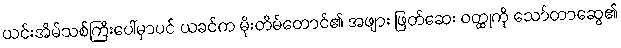
ယင်းအိမ်သစ်ကြီးပေါ်မှာပင် ယခင်က မိုးတိမ်တောင်၏ အဖျား ဖြတ်ဆေး ဝတ္ထုကို သော်တာဆွေ၏